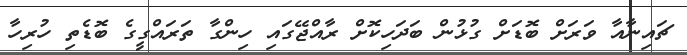
ޗައިނާއާ ވަރަށް ބޮޑަށް ގުޅުން ބަދަހިކޮށް ރާއްޖޭގައި ހިންގާ ތަރައްގީގެ ބޮޑެތި ހުރިހާ